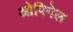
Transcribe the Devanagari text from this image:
ओपिनेल